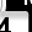
Digit: 4